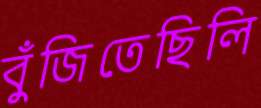
বুঁজিতেছিলি